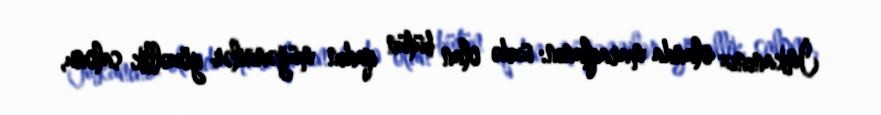
İmkanınız olanda maraqlanın: üzdə olan bütün qadın müğənnilər gözəllik salonu,